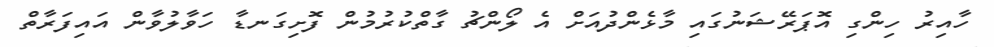
ހާއިރު ހިންގި އޮޕަރޭޝަނުގައި މާޅެންދުއަށް އެ ލޯންޗު ގާތްކުރުމުން ފޮށިގަނޑާ ހަވާލުވާން އައިފަރާތް